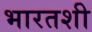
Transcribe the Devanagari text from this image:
भारतशी